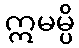
ဣမမ္ပိ